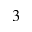
3